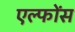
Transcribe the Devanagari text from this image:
एल्फोंस